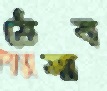
ঠেসাব